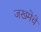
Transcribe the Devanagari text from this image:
जखमेचे